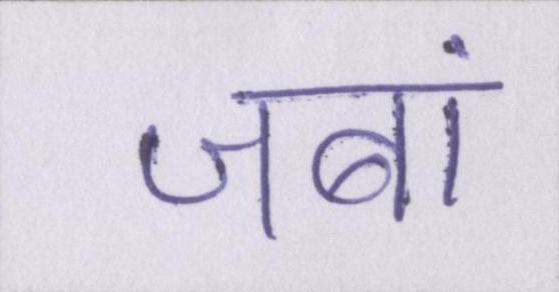
जबां